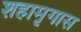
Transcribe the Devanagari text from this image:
शहामृगास